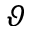
\vartheta